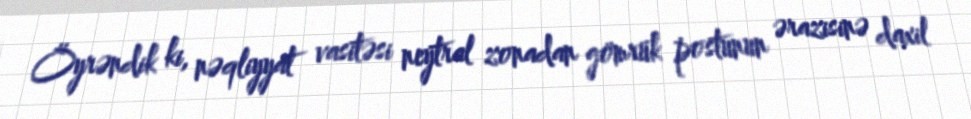
Öyrəndik ki, nəqliyyat vasitəsi neytral zonadan gömrük postunun ərazisinə daxil